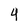
Character: 4